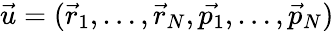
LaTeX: \vec{u}=(\vec{r}_{1},\dots,\vec{r}_{N},\vec{p_{1}},\dots,\vec{p}_{N})